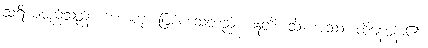
သူရိယမည်သည်။ ဟောတု၊ ဖြစ်စေသတည်း။ ဣတိ၊ သို့။ အဿ၊ ထိုနေဝန်း၏။